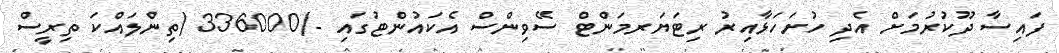
ފައިސާ ދޫކުރުމަށް އެދި ހުށަހަޅާއިރު ރިޓަޔަރމަންޓް ސޭވިންސް އެކައުންޓުގައި -/336000 (ތިންލައްކަ ތިރީސް